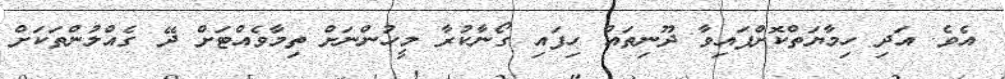
އެވެ. އަދި ހިމާޔަތްކޮށްފައިވާ ދޫނިތައް ހިފައި ގޯނާކުރާ މީހުންނަށް ތިމާވެއްޓަށް ދޭ ގެއްލުންތަކަށް